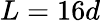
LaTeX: L=16d